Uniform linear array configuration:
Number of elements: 8
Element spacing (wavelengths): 0.25
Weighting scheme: binomial
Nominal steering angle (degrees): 60
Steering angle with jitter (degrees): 58.789
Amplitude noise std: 0.05
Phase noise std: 0.05

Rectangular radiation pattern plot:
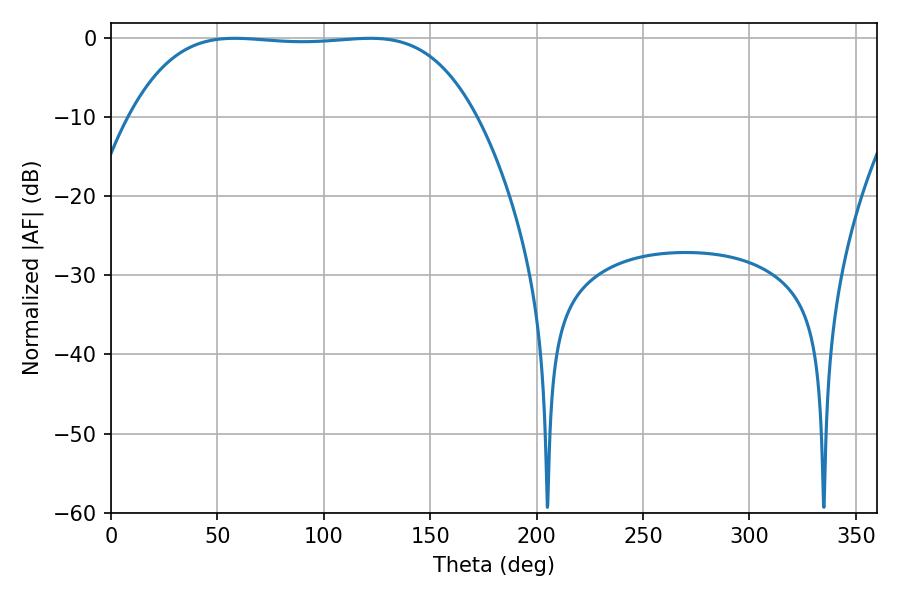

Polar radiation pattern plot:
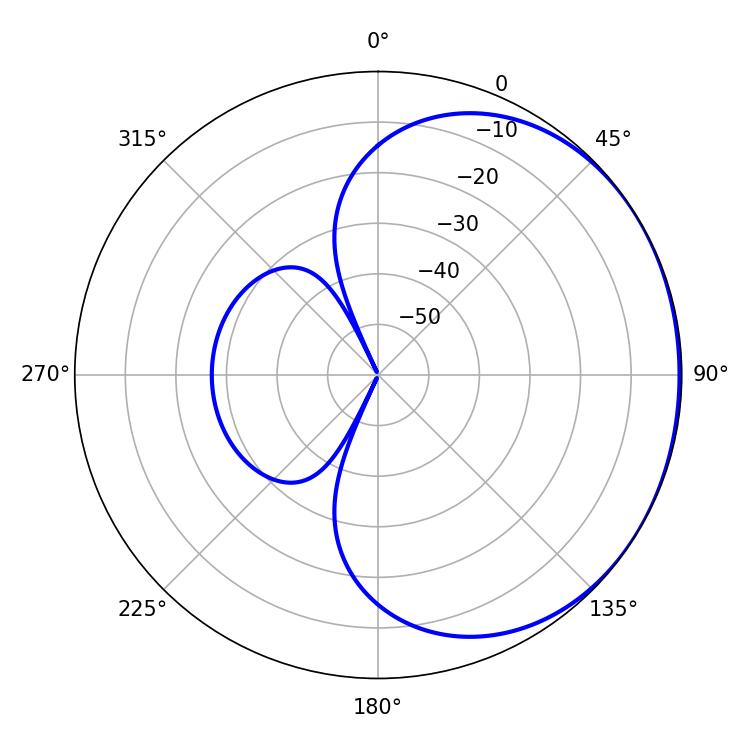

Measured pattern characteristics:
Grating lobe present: FALSE
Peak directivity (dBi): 0.7414
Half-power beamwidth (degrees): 126.36
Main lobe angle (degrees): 58.14